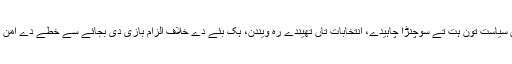
انہانا ٓکھیے جو بھارت کوں سیاست تون ہت تے سوچنڑا چاہیدے، انتخابات تاں تھیندے رہ ویندن، ہک بئے دے خلاف الزام بازی دی بجائے سے خطے دے امن کوں اگونہا رکھنڑا چاہیدے۔